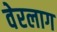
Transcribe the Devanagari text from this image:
वेरलाग